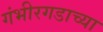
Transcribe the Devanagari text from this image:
गंभीरगडाच्या